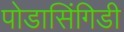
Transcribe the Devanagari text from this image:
पोडासिंगिडी